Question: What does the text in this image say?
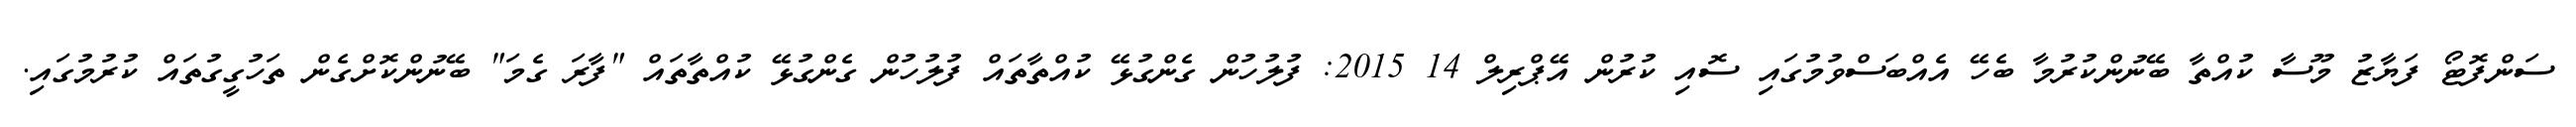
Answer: ސަންފޮޓޯ ފަޔާޒު މޫސާ ކުއްތާ ބޭނުންކުރުމާ ބެހޭ އެއްބަސްވުމުގައި ސޮއި ކުރުން އޭޕްރިލް 14 2015: ފުލުހުން ގެންގުޅޭ ކުއްތާތައް ފުލުހުން ގެންގުޅޭ ކުއްތާތައް "ފާރަ ގެމަ" ބޭނުންކޮށްގެން ތަހުގީގުތައް ކުރުމުގައި.